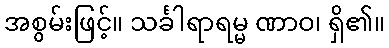
အစွမ်းဖြင့်။ သင်္ခါရာရမ္မ ဏာဝ၊ ရှိ၏။